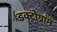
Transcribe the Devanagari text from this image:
डक्टोग्राम